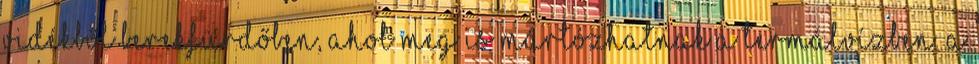
vidékből Berekfürdőben, ahol meg is mártózhatnak a termálvízben. A